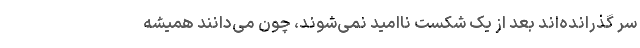
سر گذرانده‌اند بعد از یک شکست ناامید نمی‌شوند، چون می‌دانند همیشه